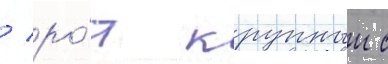
/ ро́т крупныи с